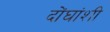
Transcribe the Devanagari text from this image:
दोंघांशी